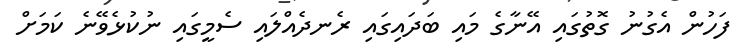
ފަހުން އެގުނު ގޮތުގައި އޭނާގެ މައި ބަދައިގައި ރެނދެއްލައި ސެމީގައި ނުކުޅެވޭނެ ކަމަށް